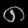
Digit: ၈